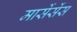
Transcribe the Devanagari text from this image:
मार्सेसेंस